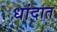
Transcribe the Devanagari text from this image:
धांदात